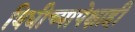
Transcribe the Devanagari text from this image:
विधीच्यापेक्षाही